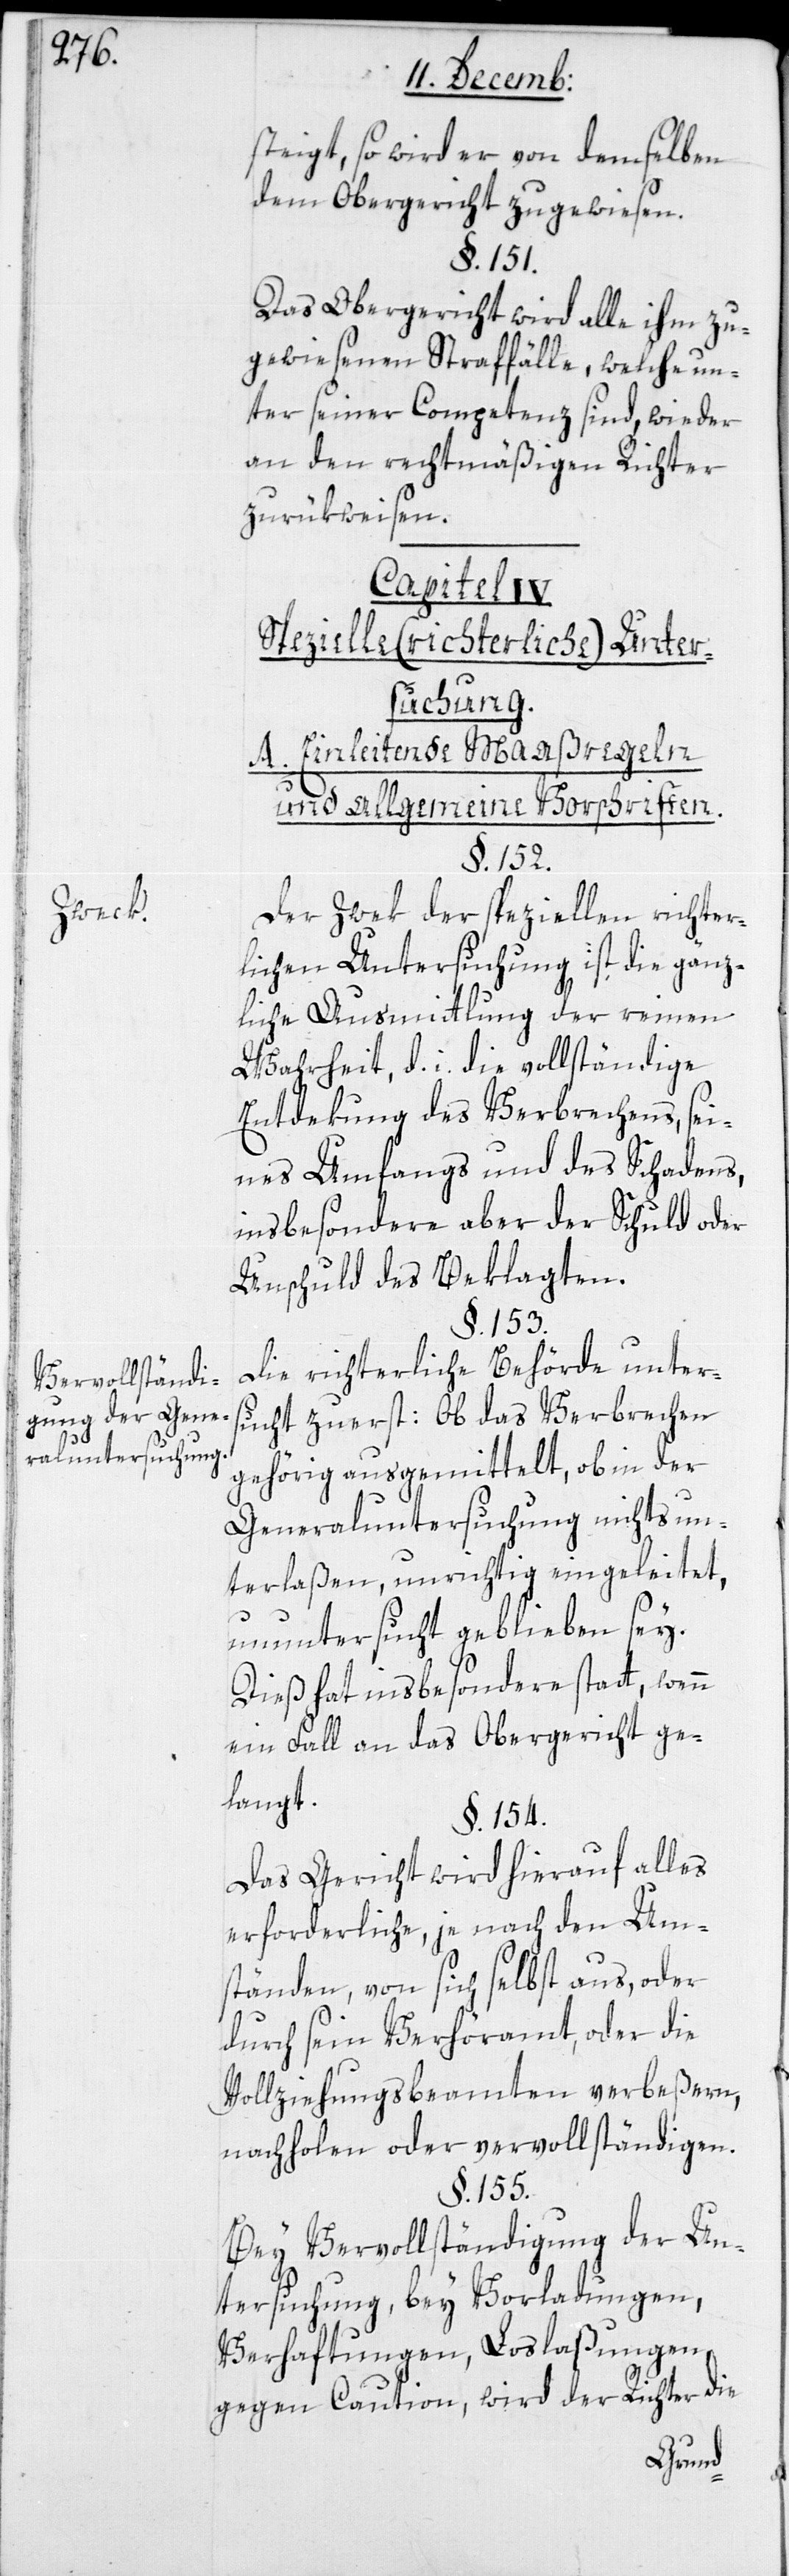
Zweck.
Vervollständi¬
gung der Gene¬
raluntersuchung.

steigt, so wird er von demselben
dem Obergericht zugewiesen.
§. 151.
Das Obergericht wird alle ihm zu¬
gewiesenen Straffälle, welche un¬
ter seiner Competenz sind, wieder
an den rechtmäßigen Richter
zurükweisen.
Capitel IV.
Spezielle (richterliche) Unter¬
suchung.
A. Einleitende Maaßregeln
und allgemeine Vorschriften.
§. 152.
Der Zwek der speziellen richter¬
lichen Untersuchung ist die gänz¬
liche Ausmittlung der reinen
Wahrheit, d. i. die vollständige
Entdekung des Verbrechens, sei¬
nes Umfangs und des Schadens,
insbesondere aber der Schuld oder
Unschuld des Beklagten.
§. 153.
Die richterliche Behörde unter¬
sucht zuerst: Ob das Verbrechen
gehörig ausgemittelt, ob in der
Generaluntersuchung nichts un¬
terlaßen, unrichtig eingeleitet,
ununtersucht geblieben sey.
Dies hat insbesondere statt, wenn
ein Fall an das Obergericht ge¬
langt.
§. 154.
Das Gericht wird hierauf alles
Erforderliche, je nach den Um¬
ständen, von sich selbst aus, oder
durch sein Verhöramt, oder die
Vollziehungsbeamten verbeßern,
nachholen oder vervollständigen.
§. 155.
Bei Vervollständigung der Un¬
tersuchung, bey Vorladungen,
Verhaftungen, Loslaßungen
gegen Caution, wird der Richter